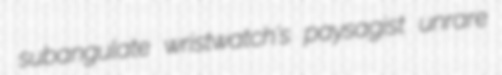
subangulate wristwatch's paysagist unrare